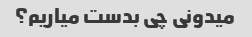
میدونی چی بدست میاریم؟